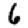
Digit: 6